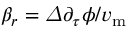
\beta _ { r } = \varDelta { { \partial _ { \tau } \phi } / { v _ { \mathrm { m } } } }